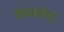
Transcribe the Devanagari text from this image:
कंधकोट